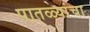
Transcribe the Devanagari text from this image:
पातळ्यांचा